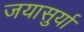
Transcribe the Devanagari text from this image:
जयासुर्या